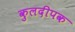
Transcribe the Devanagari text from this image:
कुलदीपक